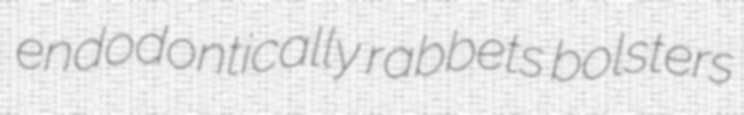
endodontically rabbets bolsters